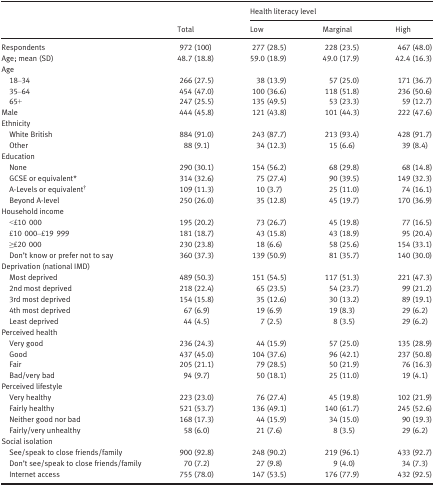
<table><thead><tr><td rowspan="2"></td><td rowspan="2"><b>Total</b></td><td colspan="3"><b>Health literacy level</b></td></tr><tr><td><b>Low</b></td><td><b>Marginal</b></td><td><b>High</b></td></tr></thead><tbody><tr><td>Respondents</td><td>972 (100)</td><td>277 (28.5)</td><td>228 (23.5)</td><td>467 (48.0)</td></tr><tr><td>Age; mean (SD)</td><td>48.7 (18.8)</td><td>59.0 (18.9)</td><td>49.0 (17.9)</td><td>42.4 (16.3)</td></tr><tr><td colspan="5">Age</td></tr><tr><td>18–34</td><td>266 (27.5)</td><td>38 (13.9)</td><td>57 (25.0)</td><td>171 (36.7)</td></tr><tr><td>35–64</td><td>454 (47.0)</td><td>100 (36.6)</td><td>118 (51.8)</td><td>236 (50.6)</td></tr><tr><td>65+</td><td>247 (25.5)</td><td>135 (49.5)</td><td>53 (23.3)</td><td>59 (12.7)</td></tr><tr><td>Male</td><td>444 (45.8)</td><td>121 (43.8)</td><td>101 (44.3)</td><td>222 (47.6)</td></tr><tr><td colspan="5">Ethnicity</td></tr><tr><td>White British</td><td>884 (91.0)</td><td>243 (87.7)</td><td>213 (93.4)</td><td>428 (91.7)</td></tr><tr><td>Other</td><td>88 (9.1)</td><td>34 (12.3)</td><td>15 (6.6)</td><td>39 (8.4)</td></tr><tr><td colspan="5">Education</td></tr><tr><td>None</td><td>290 (30.1)</td><td>154 (56.2)</td><td>68 (29.8)</td><td>68 (14.8)</td></tr><tr><td>GCSE or equivalenta</td><td>314 (32.6)</td><td>75 (27.4)</td><td>90 (39.5)</td><td>149 (32.3)</td></tr><tr><td>A‐Levels or equivalentb</td><td>109 (11.3)</td><td>10 (3.7)</td><td>25 (11.0)</td><td>74 (16.1)</td></tr><tr><td>Beyond A‐level</td><td>250 (26.0)</td><td>35 (12.8)</td><td>45 (19.7)</td><td>170 (36.9)</td></tr><tr><td colspan="5">Household income</td></tr><tr><td>&lt;£10 000</td><td>195 (20.2)</td><td>73 (26.7)</td><td>45 (19.8)</td><td>77 (16.5)</td></tr><tr><td>£10 000–£19 999</td><td>181 (18.7)</td><td>43 (15.8)</td><td>43 (18.9)</td><td>95 (20.4)</td></tr><tr><td>≥£20 000</td><td>230 (23.8)</td><td>18 (6.6)</td><td>58 (25.6)</td><td>154 (33.1)</td></tr><tr><td>Don&#x27;t know or prefer not to say</td><td>360 (37.3)</td><td>139 (50.9)</td><td>81 (35.7)</td><td>140 (30.0)</td></tr><tr><td colspan="5">Deprivation (national IMD)</td></tr><tr><td>Most deprived</td><td>489 (50.3)</td><td>151 (54.5)</td><td>117 (51.3)</td><td>221 (47.3)</td></tr><tr><td>2nd most deprived</td><td>218 (22.4)</td><td>65 (23.5)</td><td>54 (23.7)</td><td>99 (21.2)</td></tr><tr><td>3rd most deprived</td><td>154 (15.8)</td><td>35 (12.6)</td><td>30 (13.2)</td><td>89 (19.1)</td></tr><tr><td>4th most deprived</td><td>67 (6.9)</td><td>19 (6.9)</td><td>19 (8.3)</td><td>29 (6.2)</td></tr><tr><td>Least deprived</td><td>44 (4.5)</td><td>7 (2.5)</td><td>8 (3.5)</td><td>29 (6.2)</td></tr><tr><td colspan="5">Perceived health</td></tr><tr><td>Very good</td><td>236 (24.3)</td><td>44 (15.9)</td><td>57 (25.0)</td><td>135 (28.9)</td></tr><tr><td>Good</td><td>437 (45.0)</td><td>104 (37.6)</td><td>96 (42.1)</td><td>237 (50.8)</td></tr><tr><td>Fair</td><td>205 (21.1)</td><td>79 (28.5)</td><td>50 (21.9)</td><td>76 (16.3)</td></tr><tr><td>Bad/very bad</td><td>94 (9.7)</td><td>50 (18.1)</td><td>25 (11.0)</td><td>19 (4.1)</td></tr><tr><td colspan="5">Perceived lifestyle</td></tr><tr><td>Very healthy</td><td>223 (23.0)</td><td>76 (27.4)</td><td>45 (19.8)</td><td>102 (21.9)</td></tr><tr><td>Fairly healthy</td><td>521 (53.7)</td><td>136 (49.1)</td><td>140 (61.7)</td><td>245 (52.6)</td></tr><tr><td>Neither good nor bad</td><td>168 (17.3)</td><td>44 (15.9)</td><td>34 (15.0)</td><td>90 (19.3)</td></tr><tr><td>Fairly/very unhealthy</td><td>58 (6.0)</td><td>21 (7.6)</td><td>8 (3.5)</td><td>29 (6.2)</td></tr><tr><td colspan="5">Social isolation</td></tr><tr><td>See/speak to close friends/family</td><td>900 (92.8)</td><td>248 (90.2)</td><td>219 (96.1)</td><td>433 (92.7)</td></tr><tr><td>Don&#x27;t see/speak to close friends/family</td><td>70 (7.2)</td><td>27 (9.8)</td><td>9 (4.0)</td><td>34 (7.3)</td></tr><tr><td>Internet access</td><td>755 (78.0)</td><td>147 (53.5)</td><td>176 (77.9)</td><td>432 (92.5)</td></tr></tbody></table>